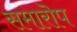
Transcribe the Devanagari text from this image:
समारॊप